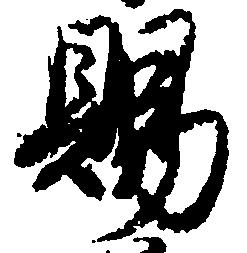
賜